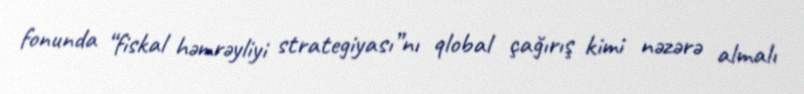
fonunda “fiskal həmrəyliyi strategiyası”nı qlobal çağırış kimi nəzərə almalı